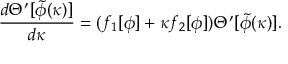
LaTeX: { \frac { d \Theta ^ { \prime } [ \tilde { \phi } ( \kappa ) ] } { d \kappa } } = ( f _ { 1 } [ \phi ] + \kappa f _ { 2 } [ \phi ] ) \Theta ^ { \prime } [ \tilde { \phi } ( \kappa ) ] .